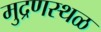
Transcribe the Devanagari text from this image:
मुद्रणस्थळ